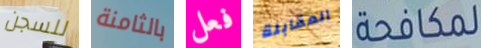
للسجن بالثامنة فعل المقابلة لمكافحة